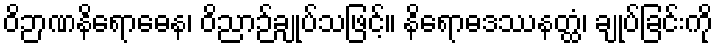
ဝိဉာဏနိရောဓေန၊ ဝိညာဉ်ချုပ်သဖြင့်။ နိရောဓဒဿနတ္ထံ၊ ချုပ်ခြင်းကို